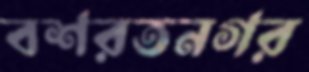
বশরতনগর